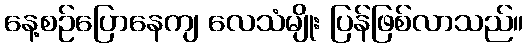
နေ့စဉ်ပြောနေကျ လေသံမျိုး ပြန်ဖြစ်လာသည်။